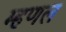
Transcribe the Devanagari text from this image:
म्हणल